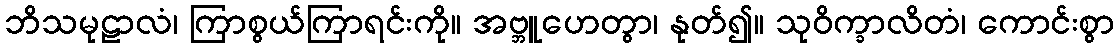
ဘိသမုဠာလံ၊ ကြာစွယ်ကြာရင်းကို။ အဗ္ဘူဟေတွာ၊ နုတ်၍။ သုဝိက္ခာလိတံ၊ ကောင်းစွာ